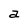
Character: a